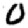
Digit: 0